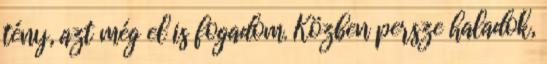
tény, azt még el is fogadom. Közben persze haladok,